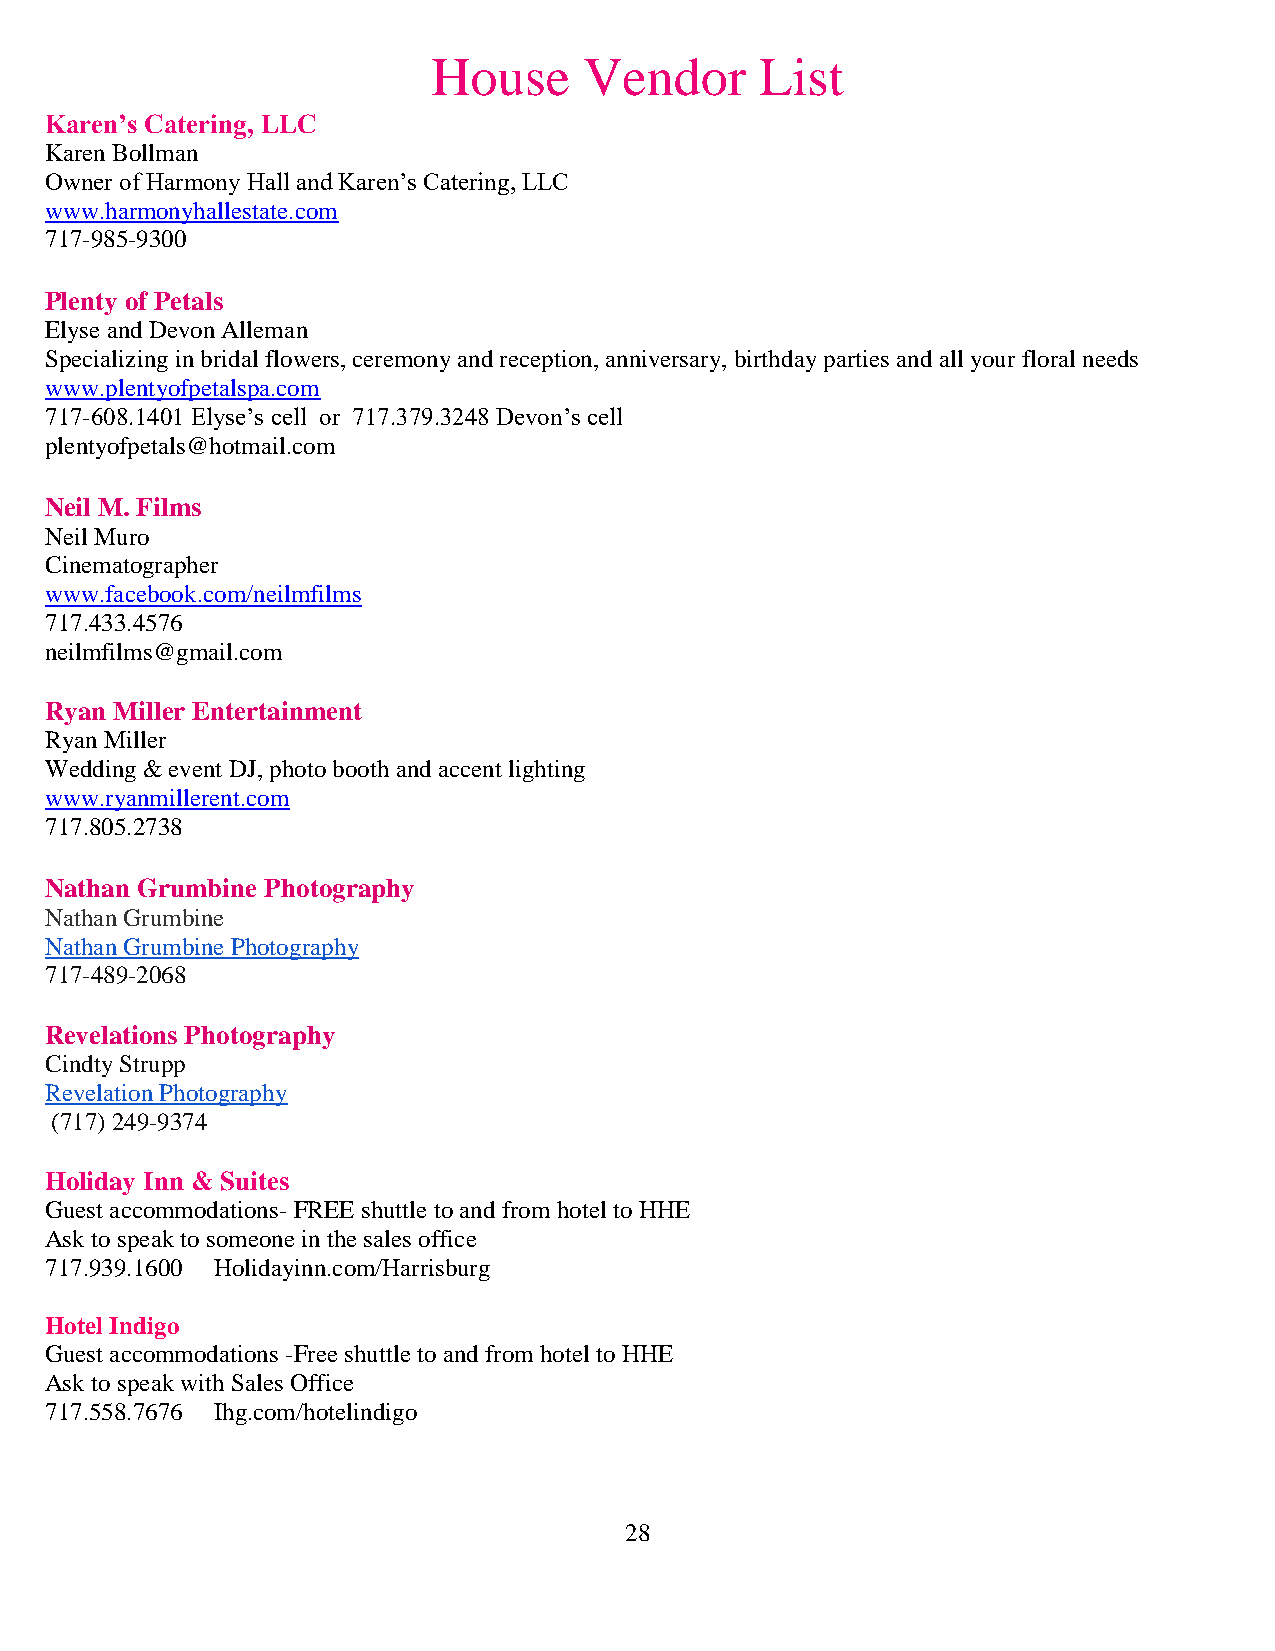
House     Vendor     List
 Karen’s Catering, LLC
 Karen Bollman
 Owner of Harmony Hall and Karen’s Catering, LLC
 www.harmonyhallestate.com
 717-985-9300
 Plenty of Petals
 Elyse and Devon Alleman
 Specializing in bridal flowers, ceremony and reception, anniversary, birthday parties and all your floral needs
 www.plentyofpetalspa.com
 717-608.1401 Elyse’s cell or 717.379.3248 Devon’s cell
 plentyofpetals@hotmail.com
 Neil M. Films
 Neil Muro
 Cinematographer
 www.facebook.com/neilmfilms
 717.433.4576
 neilmfilms@gmail.com
 Ryan Miller Entertainment
 Ryan Miller
 Wedding & event DJ, photo booth and accent lighting
 www.ryanmillerent.com
 717.805.2738
 Nathan Grumbine Photography
 Nathan Grumbine
 Nathan Grumbine Photography
 717-489-2068
 Revelations Photography
 Cindty Strupp
 Revelation Photography
 (717) 249-9374
 Holiday Inn & Suites
 Guest accommodations- FREE shuttle to and from hotel to HHE
 Ask to speak to someone in the sales office
 717.939.1600 Holidayinn.com/Harrisburg
 Hotel Indigo
 Guest accommodations -Free shuttle to and from hotel to HHE
 Ask to speak with Sales Office
 717.558.7676 Ihg.com/hotelindigo
 28